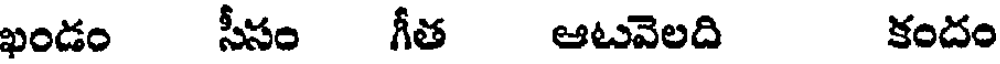
ఖండం సీసం గీత ఆటవెలది కందం